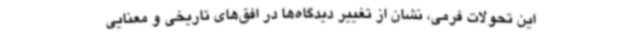
این تحولات فرمی، نشان از تغییر دیدگاه‌ها در افق‌های تاریخی و معنایی